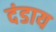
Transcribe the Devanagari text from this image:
दंडाय